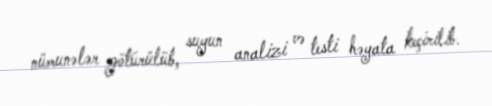
nümunələr götürülüb, suyun analizi və testi həyata keçirilib.